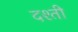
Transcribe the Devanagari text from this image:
दश्ती